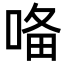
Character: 𭈜